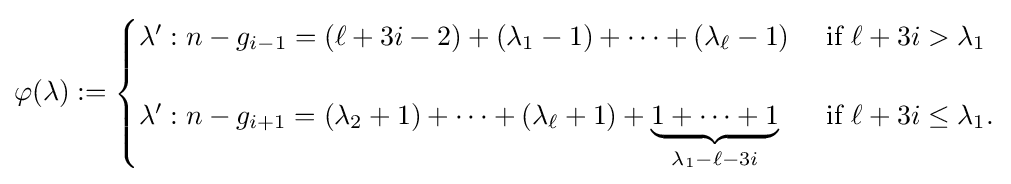
\varphi (\lambda ):={\begin{cases}\lambda ':n-g_{i-1}=(\ell +3i-2)+(\lambda _{1}-1)+\dotsb +(\lambda _{\ell }-1)&{\text{ if }}\ell +3i>\lambda _{1}\\\\\lambda ':n-g_{i+1}=(\lambda _{2}+1)+\dotsb +(\lambda _{\ell }+1)+\underbrace {1+\dotsb +1} _{\lambda _{1}-\ell -3i}&{\text{ if }}\ell +3i\leq \lambda _{1}.\end{cases}}